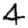
Digit: 4